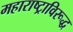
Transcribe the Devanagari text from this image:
महाराष्ट्राविरूद्ध